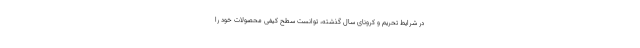
در شرایط تحریم و کرونای سال گذشته، توانست سطح کیفی محصولات خود را